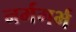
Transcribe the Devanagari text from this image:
नर्मगर्भ